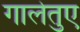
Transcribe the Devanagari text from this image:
गालेतुए